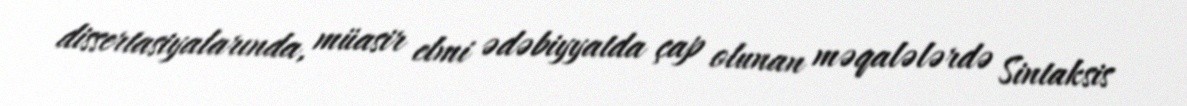
dissertasiyalarında, müasir elmi ədəbiyyatda çap olunan məqalələrdə Sintaksis